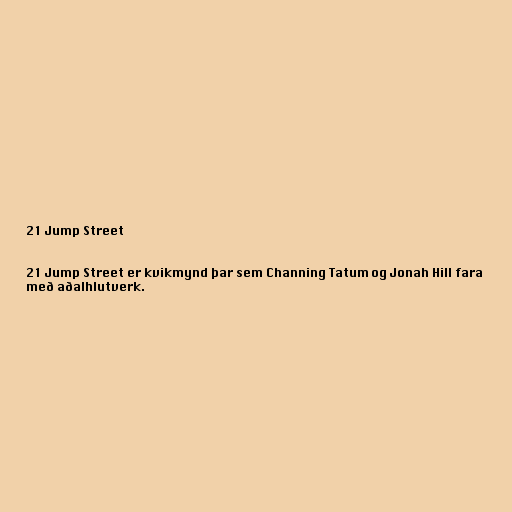
21 Jump Street

21 Jump Street er kvikmynd þar sem Channing Tatum og Jonah Hill fara
með aðalhlutverk.